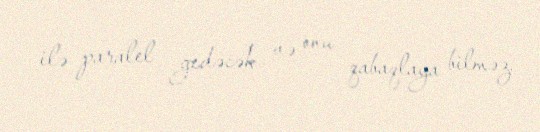
ilə paralel gedəcək və onu qabaqlaya bilməz.